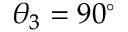
\theta _ { 3 } = 9 0 ^ { \circ }